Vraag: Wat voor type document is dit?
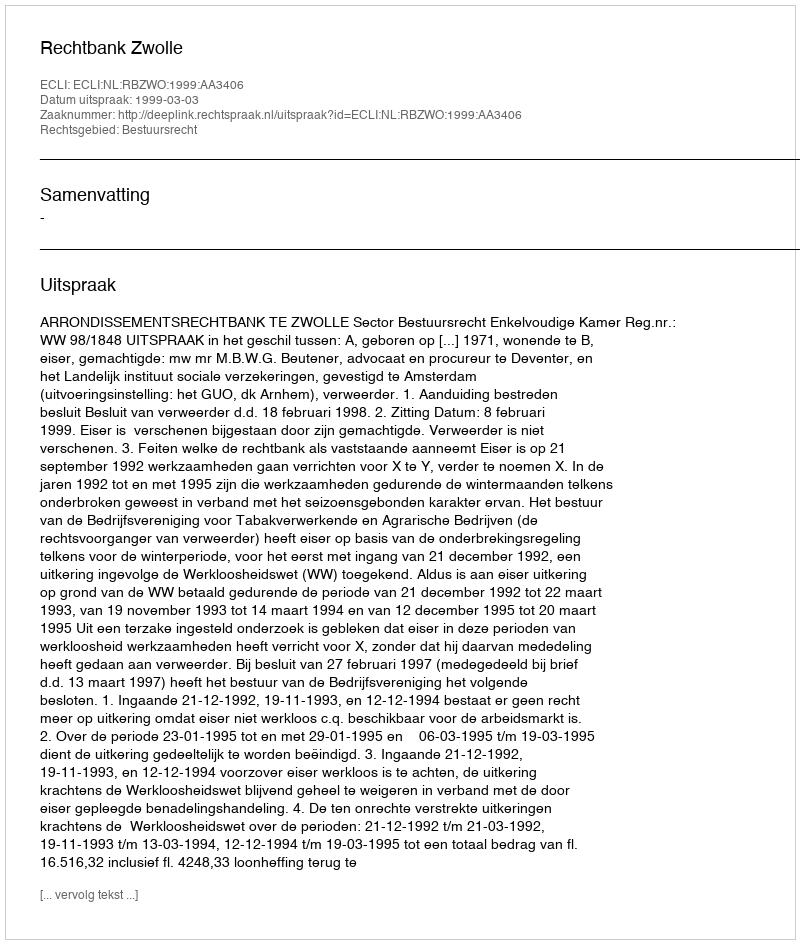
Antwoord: Uitspraak